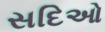
સદિઓ